Annual report of the Imperial Bacteriological Laboratory, Muktesar
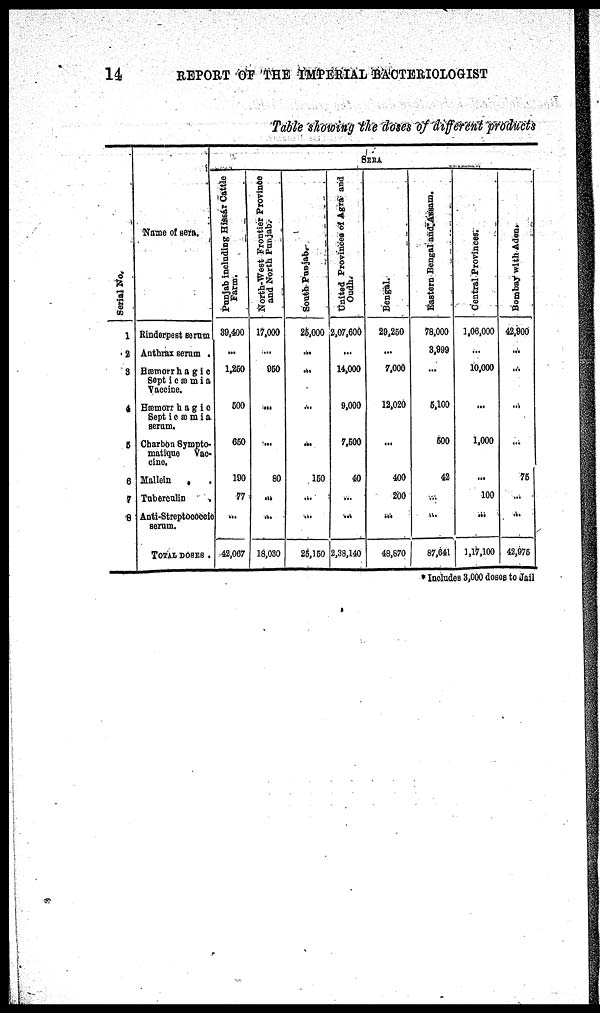
14
REPORT OF THE IMPERIAL BACTERIOLOGIST
Table showing the doses of different products
Serial No.
1
2
3
4
5
6
7
8
Name of sera.
Rinderpest Serum
Anthrax serum .
Hæmorrhagic
Sept i c æ m i a
Vaccine.
Hæmorrhagic
Septicæmia
serum.
Charbon Sympto¬
matique Vac¬
cine.
Mallein . .
Tuberculin
.
Anti-Streptococcic
serum.
TOTAL DOSES.
Punjab including Hissar Cattle
Farm.
39,400
...
1,250
500
650
190
77
...
42,067
North-West Frontier Province
and North Punjab.
17,000
...
950
...
...
80
...
...
18,030
South Punjab.
25,000
...
...
...
...
150
...
...
25,150
SERA
United Provinces of Agra and
Oudh.
2,07,600
...
14,000
9,000
7,500
40
...
...
2,38,140
Bengal.
29,260
...
7,000
12,020
...
400
200
...
48,870
Eastern Bengal and Assam.
78,000
3,999
...
5,100
500
42
...
...
87,641
Central Provinces.
1,06,000
...
10,000
...
1,000
...
100
...
1,17,100
Bombay with Aden.
42,900
...
...
...
...
75
...
...
42,975
* Includes 3,000 doses to Jail